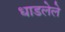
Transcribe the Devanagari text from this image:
धाडलेले